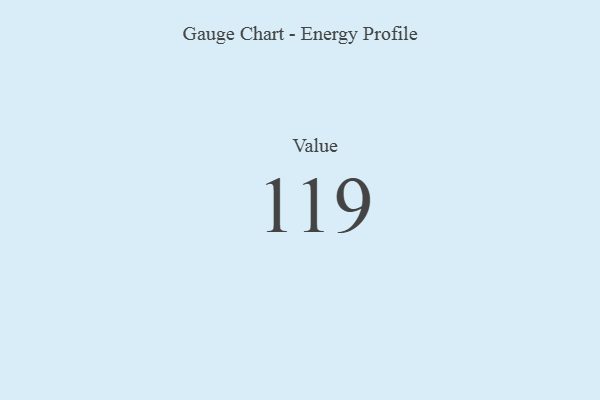
{"axis": {"x": "Metric", "y": "Value"}, "legend": [""], "data": [{"x": "Value", "y": 119, "type": ""}]}